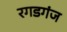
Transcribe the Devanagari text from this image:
रगडगंज